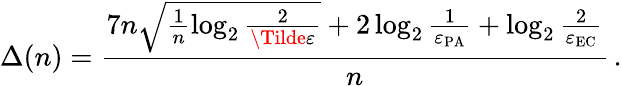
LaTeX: \Delta(n)=\frac{7n\sqrt{\frac{1}{n}\log_{2}\frac{2}{\Tilde{\varepsilon}}}+2\log_{2}\frac{1}{\varepsilon_{\mathrm{PA}}}+\log_{2}\frac{2}{\varepsilon_{\mathrm{EC}}}}{n}\, .